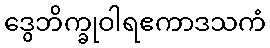
ဒွေဘိက္ခုဝါရဧကာဒသကံ